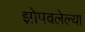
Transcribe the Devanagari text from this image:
झोपवलेल्या